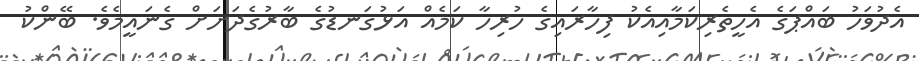
އެދުވަހު ބައްޕަގެ އެހީތެރިކަމާއިއެކު ފިހާރައިގެ ހުރިހާ ކަމެއް އަޅުގަނޑުގެ ބާރުގެދަށަށް ގެނައީމެވެ. ބޭންކު